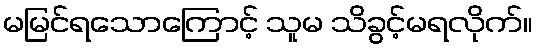
မမြင်ရသောကြောင့် သူမ သိခွင့်မရလိုက်။